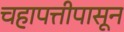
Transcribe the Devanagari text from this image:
चहापत्तीपासून